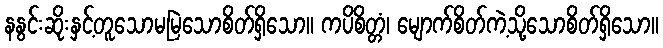
နနွင်းဆိုးနှင့်တူသောမမြဲသောစိတ်ရှိသော။ ကပိစိတ္တံ၊ မျောက်စိတ်ကဲ့သို့သောစိတ်ရှိသော။